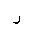
Letter: _ra